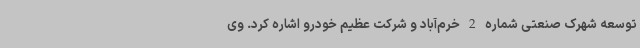
توسعه شهرک صنعتی شماره 2 خرم‌آباد و شرکت عظیم خودرو اشاره کرد. وی